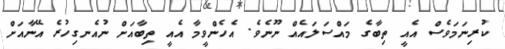
ކުރިނަމަވެސް އެއީ ތިބާގެ މައްސަލައެއް ނޫނެވެ. އެހެންވީމާ އެއީ ތިބާއަށް ނުއެނގިހުރެ އޭނާއަށް